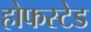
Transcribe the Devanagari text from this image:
होफस्टेड